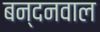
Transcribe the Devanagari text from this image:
बन्दनवाल